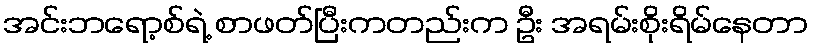
အင်းဘရော့စ်ရဲ့ စာဖတ်ပြီးကတည်းက ဦး အရမ်းစိုးရိမ်နေတာ